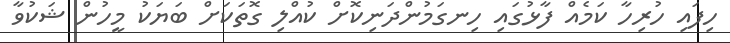
ހިފައި ހުރިހާ ކަމެއް ފާޅުގައި ހިނގަމުންދަނިކޮށް ކުއްލި ގޮތަކަށް ބަޔަކު މީހުން ޝަކުވާ